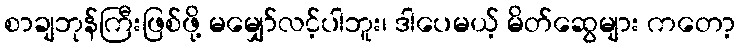
စာချဘုန်ကြီးဖြစ်ဖို့ မမျှော်လင့်ပါဘူး၊ ဒါပေမယ့် မိတ်ဆွေများ ကတော့